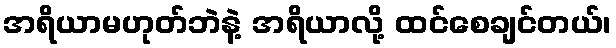
အရိယာမဟုတ်ဘဲနဲ့ အရိယာလို့ ထင်စေချင်တယ်၊